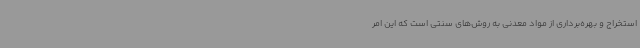
استخراج و بهره‌برداری از مواد معدنی به روش‌های سنتی است که این امر